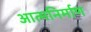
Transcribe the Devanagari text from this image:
आत्मनिर्माण